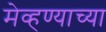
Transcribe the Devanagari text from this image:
मेव्हण्याच्या